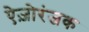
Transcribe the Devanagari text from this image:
ऐज़ोरंजक